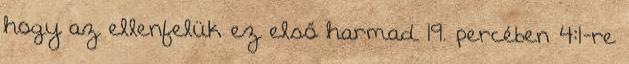
hogy az ellenfelük ez első harmad 19. percében 4:1-re